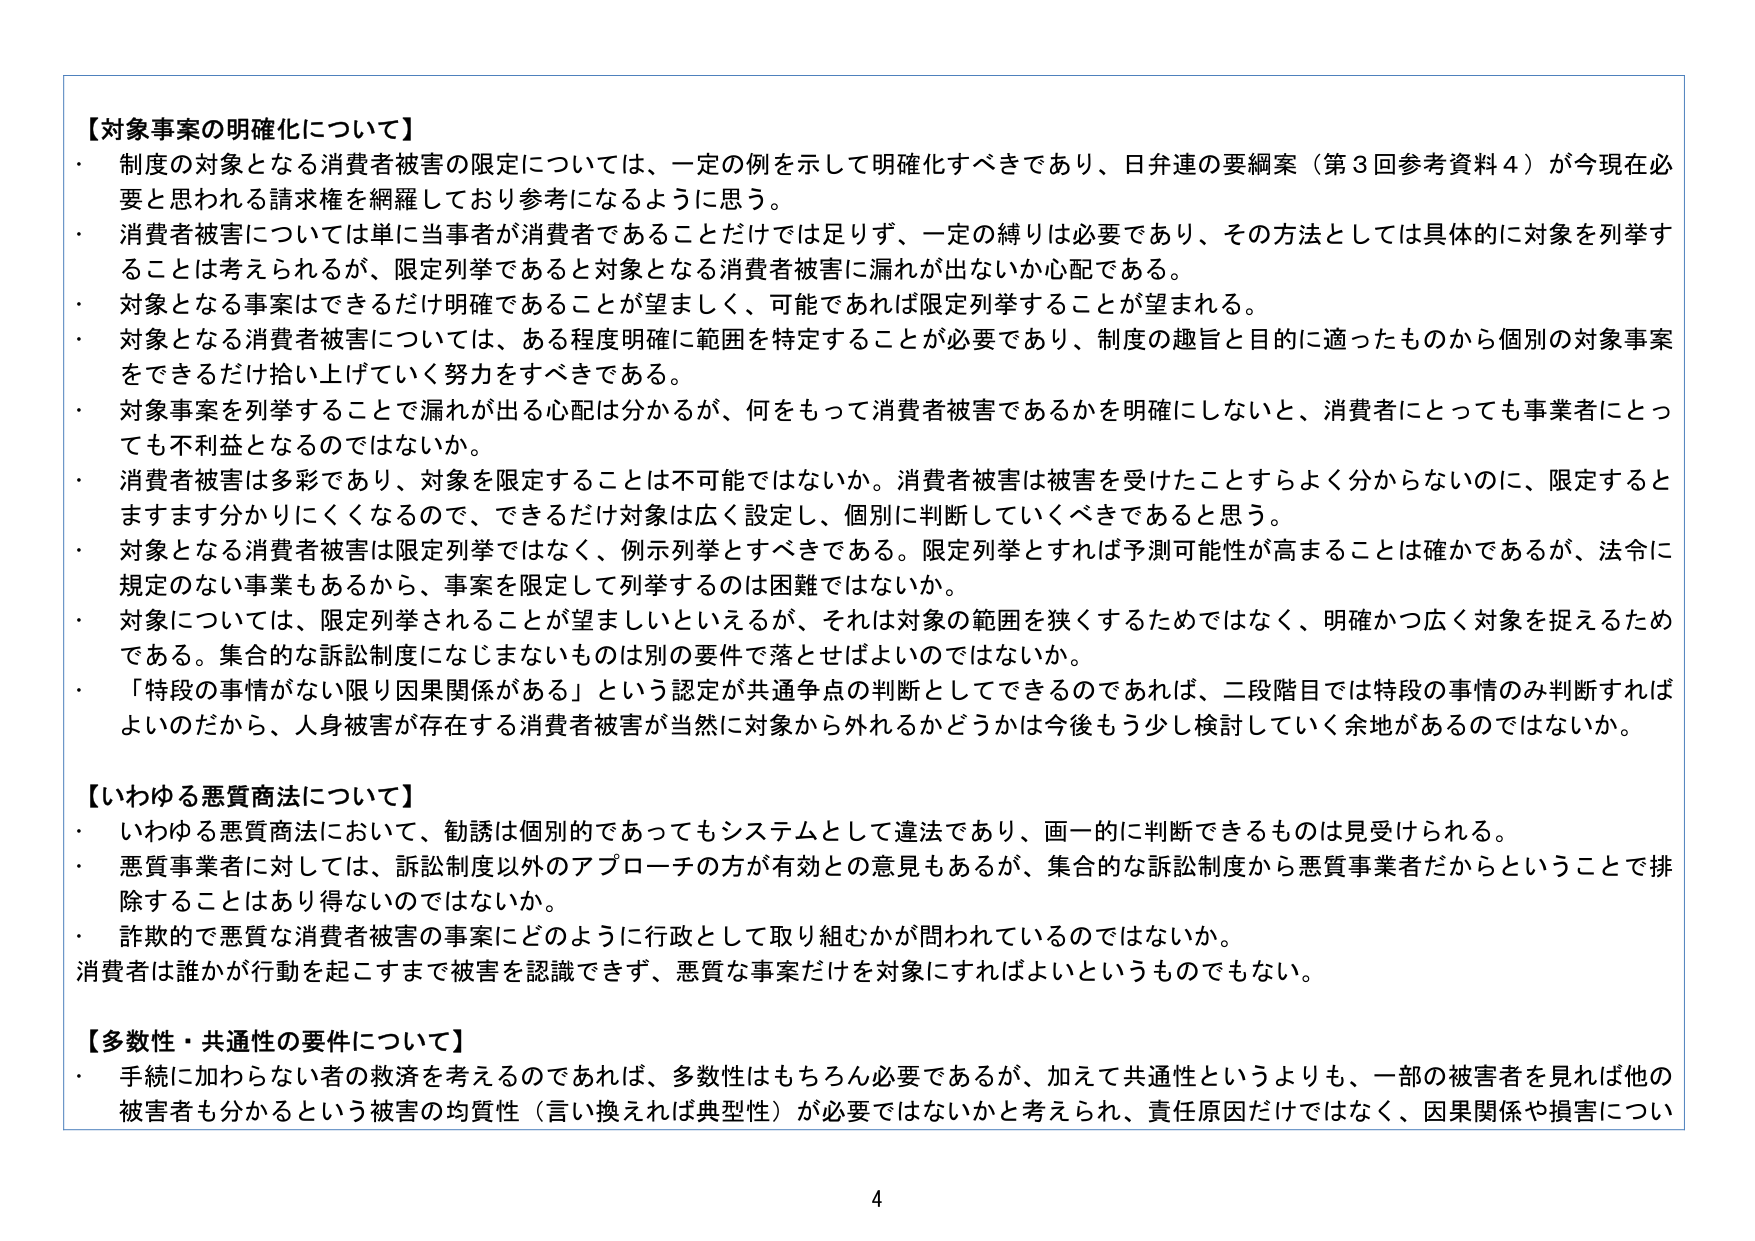
【対象事案の明確化について】
・ 制度の対象となる消費者被害の限定については、一定の例を示して明確化すべきであり、日弁連の要綱案（第3回参考資料4）が今現在必要と思われる請求権を網羅しており参考になるように思う。
・ 消費者被害については単に当事者が消費者であることだけでは足りず、一定の縛りは必要であり、その方法としては具体的に対象を列挙することは考えられるが、限定列挙であると対象となる消費者被害に漏れが出ないか心配である。
・ 対象となる事案はできるだけ明確であることが望ましく、可能であれば限定列挙することが望まれる。
・ 対象となる消費者被害については、ある程度明確に範囲を特定することが必要であり、制度の趣旨と目的に適ったものから個別の対象事案をできるだけ拾い上げていく努力をすべきである。
・ 対象事案を列挙することで漏れが出る心配は分かるが、何をもって消費者被害であるかを明確にしないと、消費者にとっても事業者にとっても不利益となるのではないか。
・ 消費者被害は多彩であり、対象を限定することは不可能ではないか。消費者被害は被害を受けたことすらよく分からないのに、限定するとますます分かりにくくなるので、できるだけ対象は広く設定し、個別に判断していくべきであると思う。
・ 対象となる消費者被害は限定列挙ではなく、例示列挙とすべきである。限定列挙とすれば予測可能性が高まることは確かであるが、法令に規定のない事業もあるから、事案を限定して列挙するのは困難ではないか。
・ 対象については、限定列挙されることが望ましいといえるが、それは対象の範囲を狭くするためではなく、明確かつ広く対象を捉えるためである。集合的な訴訟制度になじまないものは別の要件で落とせばよいのではないか。
・ 「特段の事情がない限り因果関係がある」という認定が共通争点の判断としてできるのであれば、二段階目では特段の事情のみ判断すればよいのだから、人身被害が存在する消費者被害が当然対象から外れるかどうかは今後もう少し検討していく余地があるのではないか。

【いわゆる悪質商法について】
・ いわゆる悪質商法において、勧誘は個別的であってもシステムとして違法であり、画一的に判断できるものは見受けられる。
・ 悪質事業者に対しては、訴訟制度以外のアプローチの方が有効との意見もあるが、集合的な訴訟制度から悪質事業者だからということで排除することはあり得ないのではないか。
・ 詐欺的で悪質な消費者被害の事案にどのように行政として取り組むかが問われているのではないか。
消費者は誰かが行動を起こすまで被害を認識できず、悪質な事案だけを対象にすればよいというものでもない。

【多数性・共通性の要件について】
・ 手続に加わらない者の救済を考えるのであれば、多数性はもちろん必要であるが、加えて共通性というよりも、一部の被害者を見れば他の被害者も分かるという被害の均質性（言い換えれば典型性）が必要ではないかと考えられ、責任原因だけではなく、因果関係や損害につい

4